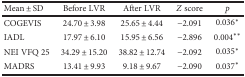
<table><thead><tr><td><b>Mean ± SD</b></td><td><b>Before LVR</b></td><td><b>After LVR</b></td><td><b><i>Z</i> score</b></td><td><b><i>p</i></b></td></tr></thead><tbody><tr><td>COGEVIS</td><td>24.70 ± 3.98</td><td>25.65 ± 4.44</td><td>−2.091</td><td>0.036<sup>∗</sup></td></tr><tr><td>IADL</td><td>17.97 ± 6.10</td><td>15.95 ± 6.56</td><td>−2.896</td><td>0.004<sup>∗∗</sup></td></tr><tr><td>NEI VFQ 25</td><td>34.29 ± 15.20</td><td>38.82 ± 12.74</td><td>−2.092</td><td>0.035<sup>∗</sup></td></tr><tr><td>MADRS</td><td>13.41 ± 9.93</td><td>9.18 ± 9.67</td><td>−2.090</td><td>0.037<sup>∗</sup></td></tr></tbody></table>